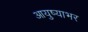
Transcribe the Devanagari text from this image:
आयुष्याभर